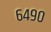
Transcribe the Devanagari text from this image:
६४९०